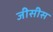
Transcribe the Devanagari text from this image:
जीसीस